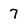
Character: 7